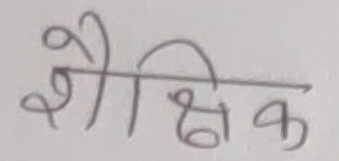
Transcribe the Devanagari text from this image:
शैक्षिक